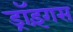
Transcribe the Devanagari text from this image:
ड्रॉइंगस